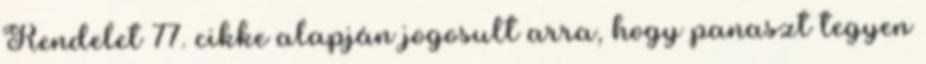
Rendelet 77. cikke alapján jogosult arra, hogy panaszt tegyen